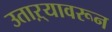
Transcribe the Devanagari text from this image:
उताऱ्यावरून